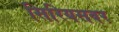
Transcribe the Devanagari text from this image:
सिरियसवर